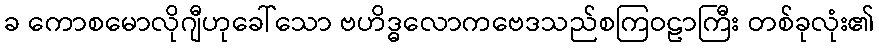
ခ ကောစမောလိုဂျီဟုခေါ်သော ဗဟိဒ္ဓလောကဗေဒသည်စကြဝဠာကြီး တစ်ခုလုံး၏